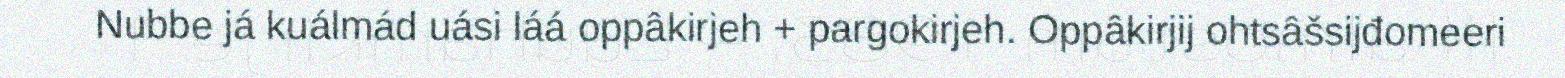
Nubbe já kuálmád uási láá oppâkirjeh + pargokirjeh. Oppâkirjij ohtsâšsijđomeeri